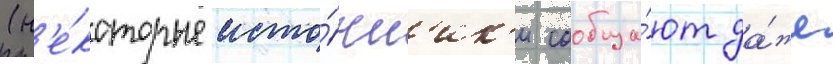
(н'е́которые исто́чн'ик'и сообща́ют да́же